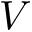
V